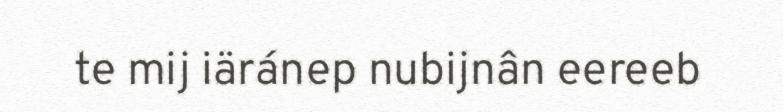
te mij iäránep nubijnân eereeb